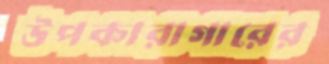
উপকারাগারের